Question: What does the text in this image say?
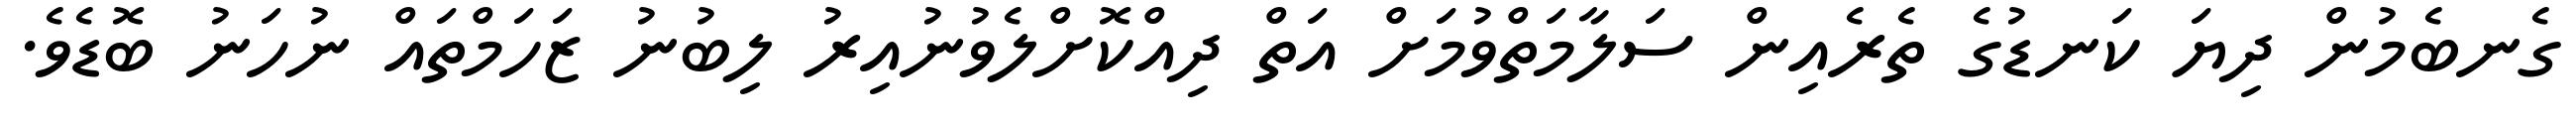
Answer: ގެނބެމުން ދިޔަ ކަނޑުގެ ތެރެއިން ސަލާމަތްވުމަށް އަތް ދިއްކޮށްލެވުނުއިރު ލިބުނު ޒަހަމްތައް ނުހަނު ބޮޑެވެ.